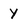
Character: y